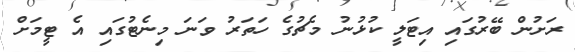
ރަށުން ބޭރުގައި އިޓަލީ ކުޅުނު މެޗުގެ ހަތަރު ވަނަ މިނެޓުގައި އެ ޓީމަށް